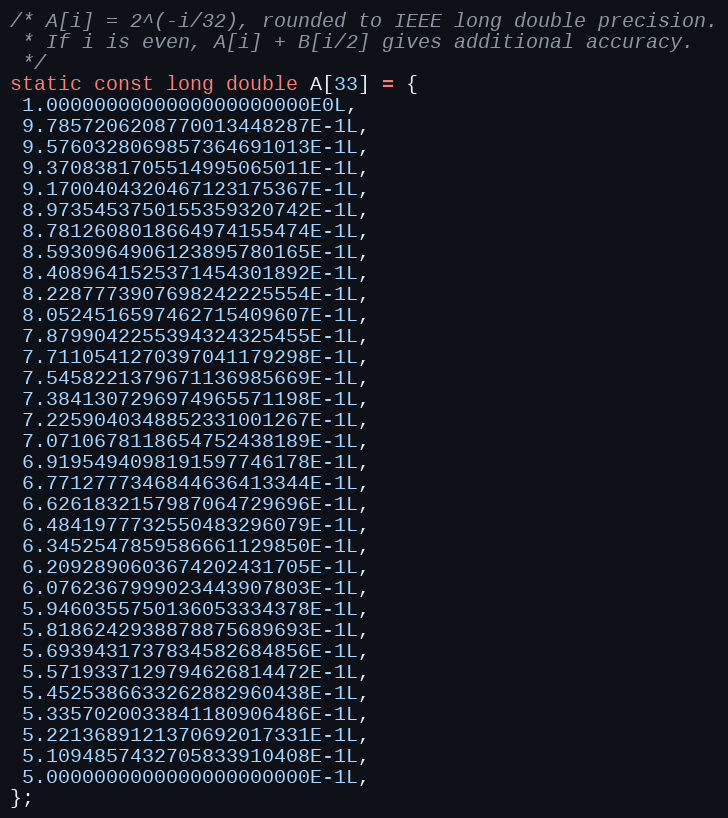
Language: C
/* A[i] = 2^(-i/32), rounded to IEEE long double precision.
 * If i is even, A[i] + B[i/2] gives additional accuracy.
 */
static const long double A[33] = {
 1.0000000000000000000000E0L,
 9.7857206208770013448287E-1L,
 9.5760328069857364691013E-1L,
 9.3708381705514995065011E-1L,
 9.1700404320467123175367E-1L,
 8.9735453750155359320742E-1L,
 8.7812608018664974155474E-1L,
 8.5930964906123895780165E-1L,
 8.4089641525371454301892E-1L,
 8.2287773907698242225554E-1L,
 8.0524516597462715409607E-1L,
 7.8799042255394324325455E-1L,
 7.7110541270397041179298E-1L,
 7.5458221379671136985669E-1L,
 7.3841307296974965571198E-1L,
 7.2259040348852331001267E-1L,
 7.0710678118654752438189E-1L,
 6.9195494098191597746178E-1L,
 6.7712777346844636413344E-1L,
 6.6261832157987064729696E-1L,
 6.4841977732550483296079E-1L,
 6.3452547859586661129850E-1L,
 6.2092890603674202431705E-1L,
 6.0762367999023443907803E-1L,
 5.9460355750136053334378E-1L,
 5.8186242938878875689693E-1L,
 5.6939431737834582684856E-1L,
 5.5719337129794626814472E-1L,
 5.4525386633262882960438E-1L,
 5.3357020033841180906486E-1L,
 5.2213689121370692017331E-1L,
 5.1094857432705833910408E-1L,
 5.0000000000000000000000E-1L,
};